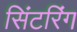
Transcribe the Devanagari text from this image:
सिंटरिंग